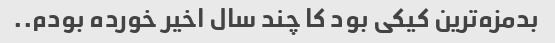
بدمزه‌ترین کیکی بود کا چند سال اخیر خورده بودم..